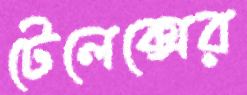
টেলেক্সের